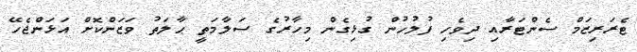
ޓެރަރިޒަމް ސެންޓަރާއި ދިވެހި ފުލުހުން ގުޅިގެން މިހާރުގެ ސަލާމަތީ ޙާލަތު ވަޒަންކޮށް އަޅަންޖެހޭ